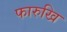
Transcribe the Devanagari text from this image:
फारुखि